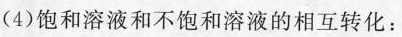
(4)饱和溶液和不饱和溶液的相互转化：